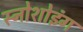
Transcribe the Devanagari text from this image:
स्नोशोइंग